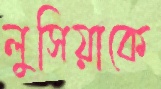
লুসিয়াকে